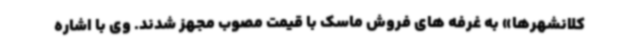
کلانشهرها» به غرفه های فروش ماسک با قیمت مصوب مجهز شدند. وی با اشاره